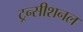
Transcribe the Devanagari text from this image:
ट्रन्सीशनल